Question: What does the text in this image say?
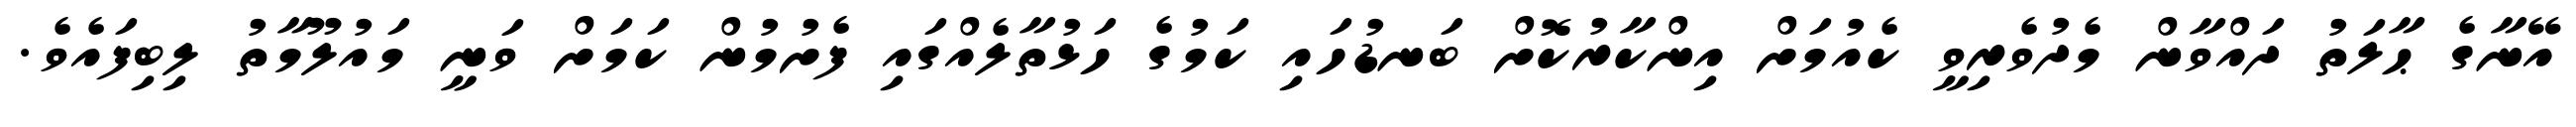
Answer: އޭނާގެ ޙާލަތު ދައްވާން މެދުވެރިވީ ކެއުމަށް އިންކާރުކޮށް ބަނޑުހައި ކަމުގެ ހަޅުތާލެއްގައި ފެށުމުން ކަމަށް ވަނީ މައުލޫމާތު ލިބިފައެވެ.